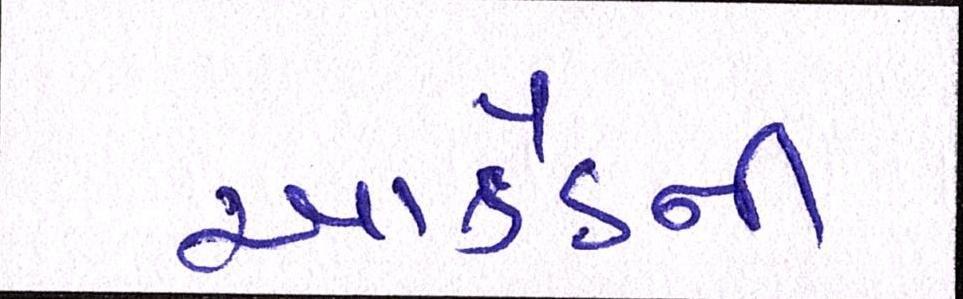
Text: આર્કેડની